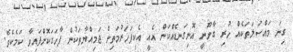
ގިނަ މައްސަލަތަކެއް ހުރި ގާނޫނީ އޮނިގަނޑެއްކަން އެއީ އެކިފަހަރުމަތިން ޖަމިއްޔާތަކުން ފާހަގަކޮށްފައިވާ ކަމެކެވެ.